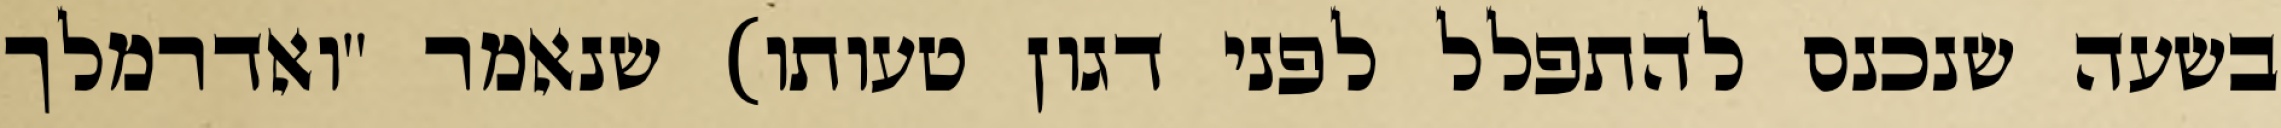
בשעה שנכנס להתפלל לפני דגון טעותו) שנאמר "ואדרמלך